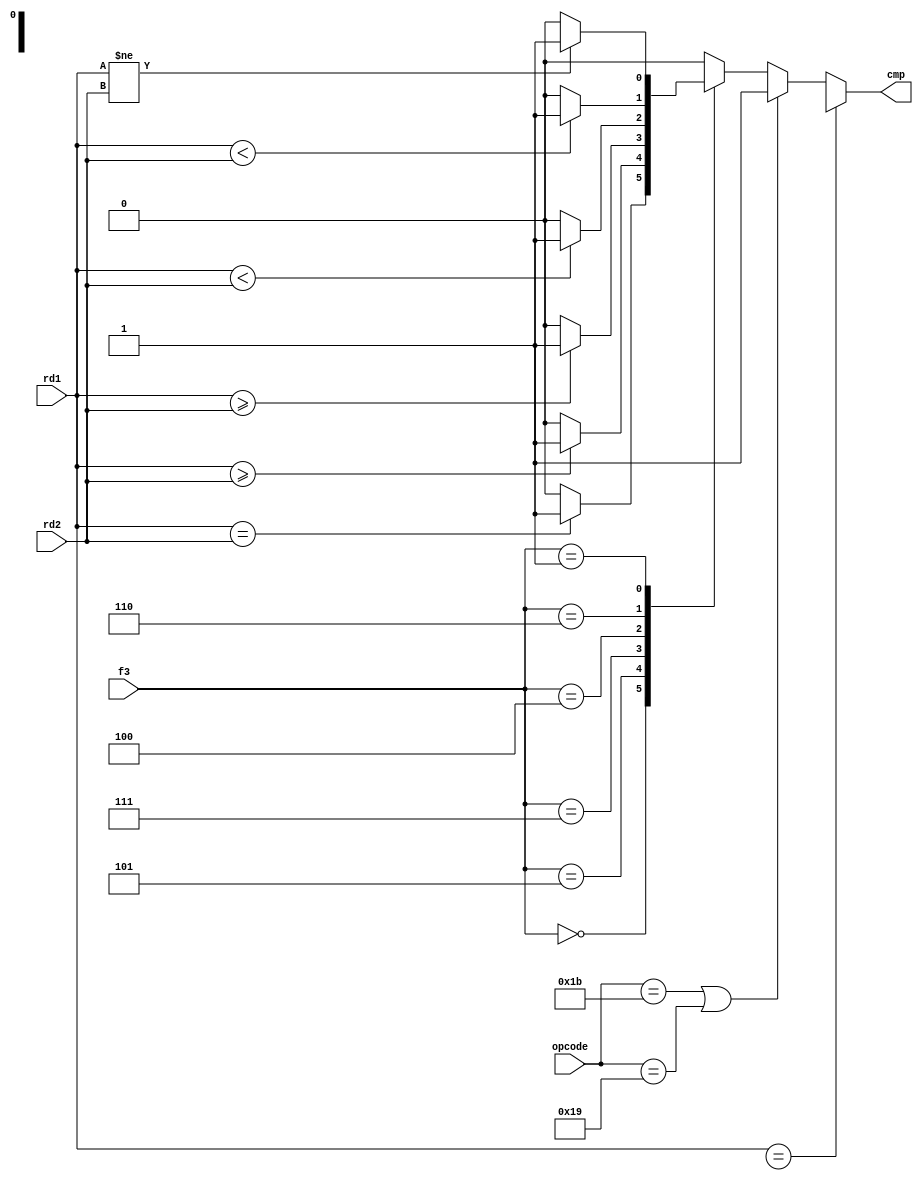
`timescale 1ns / 1ps

module compare(
    // input branch,
    input [4:0]opcode,
    input [2:0]f3,//funct3
    input [31:0]rd1,
    input [31:0]rd2,
    output reg cmp
    );
    wire signed [31:0] a1 = rd1;
    wire signed [31:0] b1 = rd2;
    always@(*)begin
        if(rd1==32'bx)cmp=1'bx;
        else if(opcode==5'b11011||opcode==5'b11001)cmp=1'b1;
        else begin
            case(f3)
                3'b000: begin
                    if(rd1==rd2)cmp=1'b1;
                    else cmp=1'b0;
                end
                3'b101: begin
                    if(a1>=b1)cmp=1'b1;
                    else cmp =1'b0;
                end
                3'b111: begin
                    if(rd1>=rd2)cmp=1'b1;
                    else cmp=1'b0;
                end
                3'b100: begin
                    if(a1<b1)cmp=1'b1;
                    else cmp=1'b0;
                end
                3'b110: begin
                    if(rd1<rd2)cmp=1'b1;
                    else cmp=1'b0;
                end
                3'b001: begin
                    if(rd1!=rd2)cmp=1'b1;
                    else cmp=1'b0;
                end
                default:begin
                    cmp = 1'b0;
                end
            endcase
        end
    end
endmodule